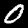
Label: 0